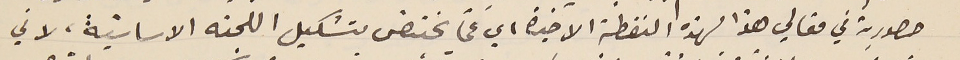
حصورية في مقالي هذا لهذه النقطة الاخيرة اي عمّا يختصّ بتشكيل اللجنه الاساسيّة، لاني